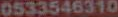
0533546310